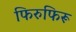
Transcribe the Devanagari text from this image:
फिरुफिरू